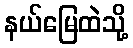
နယ်မြေထဲသို့